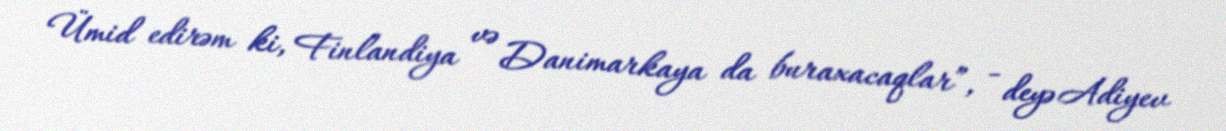
Ümid edirəm ki, Finlandiya və Danimarkaya da buraxacaqlar”, - deyə Adiyev